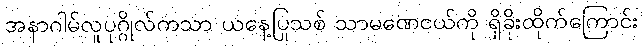
အနာဂါမ်လူပုဂ္ဂိုလ်ကသာ ယနေ့ပြုသစ် သာမဏေငယ်ကို ရှိခိုးထိုက်ကြောင်း